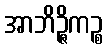
အာဘိဉ္ဇိကဉ္စ